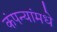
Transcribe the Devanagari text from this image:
कंपन्यांमधे